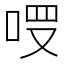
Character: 𠳦